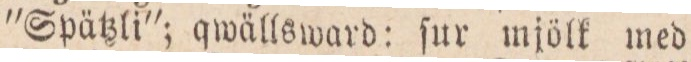
”Spätzli”; qwällsward: ſur mjölk med